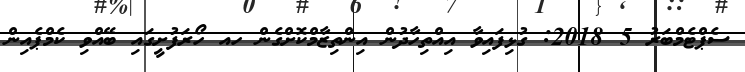
ސެޕްޓެމްބަރު 5 2018: ގުޅިފައިވާ އިއްތިހާދުން އިންތިޒާމްކޮށްގެން ހއ ހޯރަފުށީގައި ބޭއްވި ކެމްޕެއިން